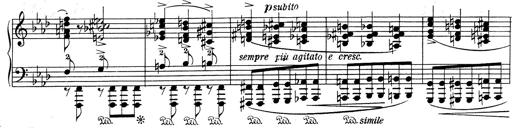
Title: Weinen, Klagen, Sorgen, Zagen
Composer: Franz Liszt